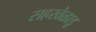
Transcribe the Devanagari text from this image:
सहखेळाडू